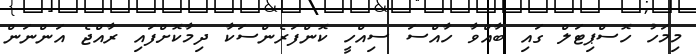
މިމަހު ހޮސްޕިޓަލް ގައި ބާއްވާ ހާއްސަ ސިއްހީ ކޮންފަރެންސަކާ ދިމާކޮށްފައި ރާއްޖެ އަންނަން